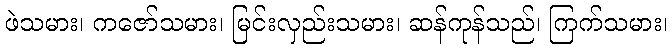
ဖဲသမား၊ ကဇော်သမား၊ မြင်းလှည်းသမား၊ ဆန်ကုန်သည်၊ ကြက်သမား၊